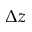
\Delta z